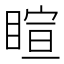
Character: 睻